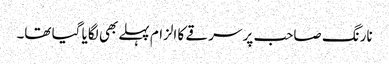
نارنگ صاحب پر سرقے کا الزام پہلے بھی لگایا گیا تھا۔